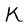
Character: K